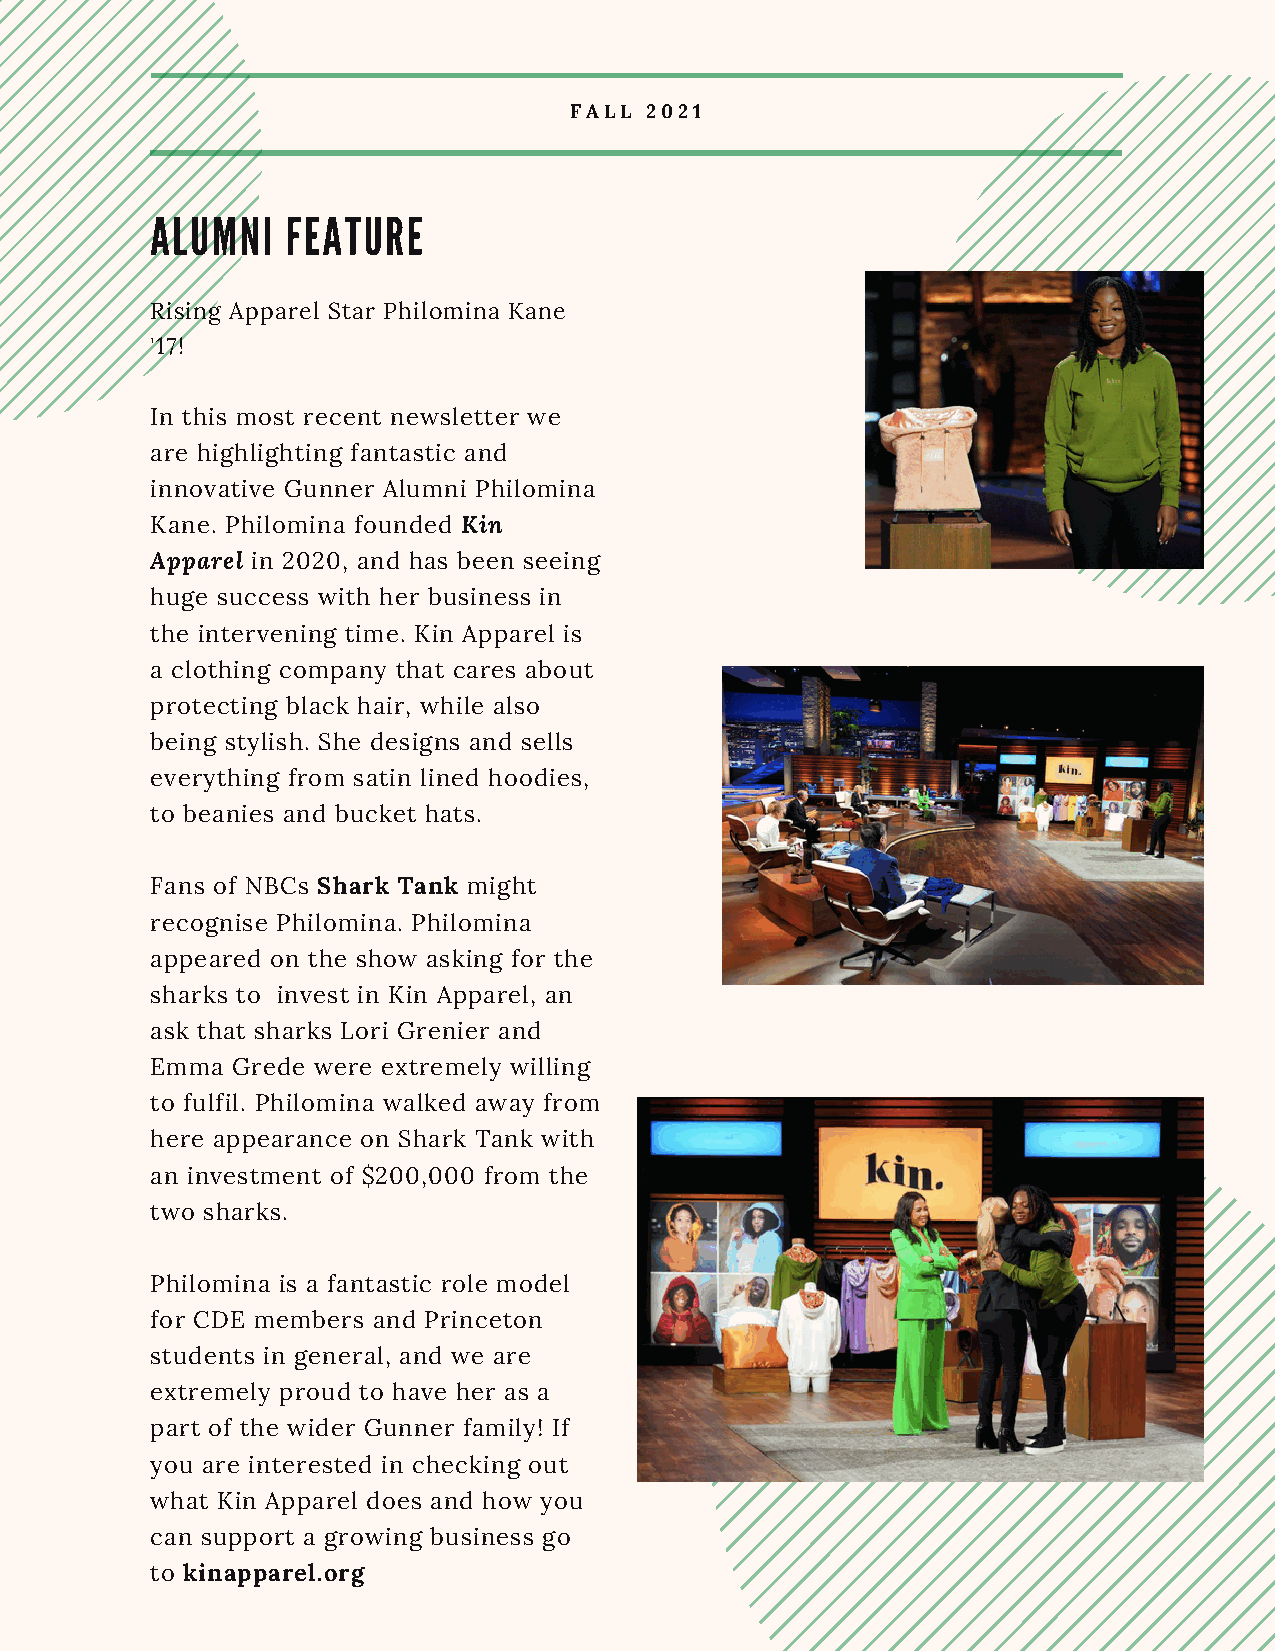
FALL 2021
 ALUMNI   FEATURE
 Rising Apparel Star Philomina Kane
 '17!
 In this most recent newsletter we
 are highlighting fantastic and
 innovative Gunner Alumni Philomina
 Kane. Philomina founded Kin
 Apparel in 2020, and has been seeing
 huge success with her business in
 the intervening time. Kin Apparel is
 a clothing company that cares about
 protecting black hair, while also
 being stylish. She designs and sells
 everything from satin lined hoodies,
 to beanies and bucket hats.
 Fans of NBCs Shark Tank might
 recognise Philomina. Philomina
 appeared on the show asking for the
 sharks to invest in Kin Apparel, an
 ask that sharks Lori Grenier and
 Emma Grede were extremely willing
 to fulfil. Philomina walked away from
 here appearance on Shark Tank with
 an investment of $200,000 from the
 two sharks.
 Philomina is a fantastic role model
 for CDE members and Princeton
 students in general, and we are
 extremely proud to have her as a
 part of the wider Gunner family! If
 you are interested in checking out
 what Kin Apparel does and how you
 can support a growing business go
 to kinapparel.org